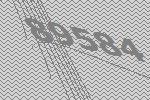
89584